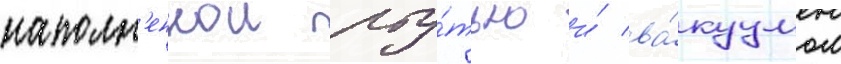
наполн'еннои рту́тью и́ ва́куумом